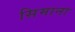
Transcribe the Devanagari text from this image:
सिमाना